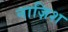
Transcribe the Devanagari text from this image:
नाज़िश